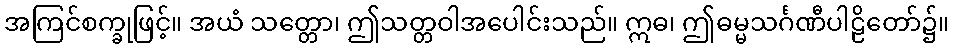
အကြင်စက္ခုဖြင့်။ အယံ သတ္တော၊ ဤသတ္တဝါအပေါင်းသည်။ ဣဓ၊ ဤဓမ္မသင်္ဂဏီပါဠိတော်၌။